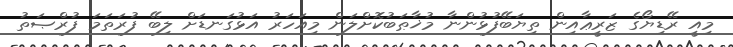
މިއީ ރޭޑިޔޯގެ ޒަރީޢާއިން ތިޔަބޭފުޅުންނާ މުޚާޠަބުކޮށްލަން މިއަހަރު އަޅުގަނޑަށް ލިބޭ ފުރަތަމަ ފުރްޞަތު